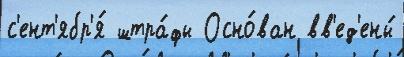
с'ент'ябр'я́ штра́фы Осно́ван вв'ед'ены́